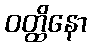
ဝတ္ထိနော